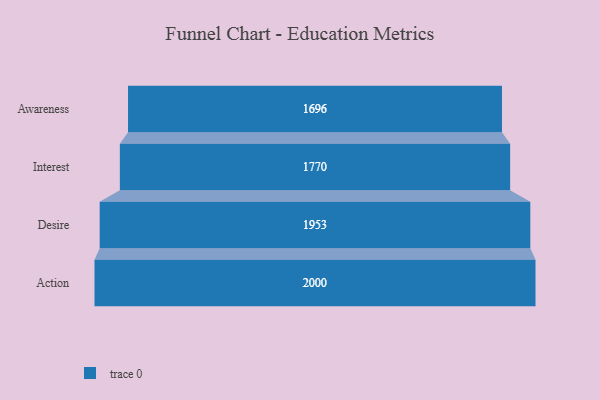
{"axis": {"x": "Stage", "y": "Value"}, "legend": [""], "data": [{"x": "Awareness", "y": 1696.0, "type": ""}, {"x": "Interest", "y": 1770.0, "type": ""}, {"x": "Desire", "y": 1953.0, "type": ""}, {"x": "Action", "y": 2000, "type": ""}]}